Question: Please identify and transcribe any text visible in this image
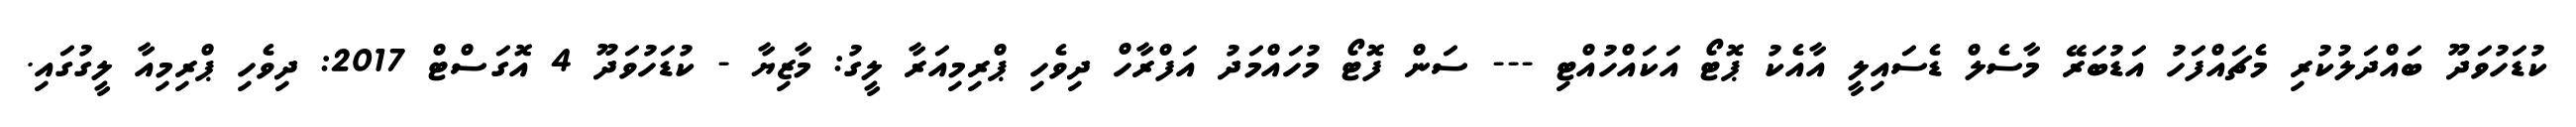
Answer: ކުޑަހުވަދޫ ބައްދަލުކުރި މެޗައްފަހު އަޑުބަރޭ މާސެލް ޑެސައިލީ އާއެކު ޕޮޓޯ އަކައްހުއްޓި --- ސަން ފޮޓޯ މުހައްމަދު އަފްރާހް ދިވެހި ޕްރިމިއަރާ ލީގު: މާޒިޔާ - ކުޑަހުވަދޫ 4 އޮގަސްޓް 2017: ދިވެހި ޕްރިމިއާ ލީގުގައި.